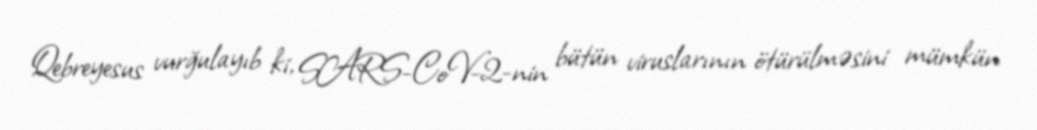
Qebreyesus vurğulayıb ki, SARS-CoV-2-nin bütün viruslarının ötürülməsini mümkün